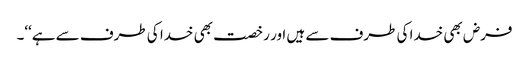
فرض بھی خدا کی طرف سے ہیں اور رخصت بھی خدا کی طرف سے ہے‘‘۔